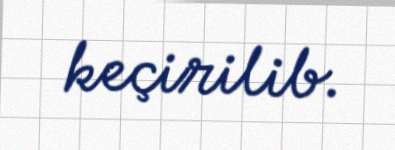
keçirilib.